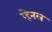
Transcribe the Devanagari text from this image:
व्हेनल